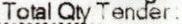
TOTAL QTY TENDER :